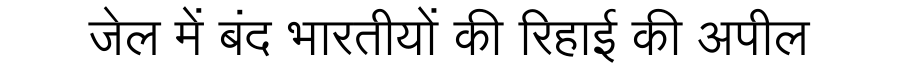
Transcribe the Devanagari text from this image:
जेल में बंद भारतीयों की रिहाई की अपील